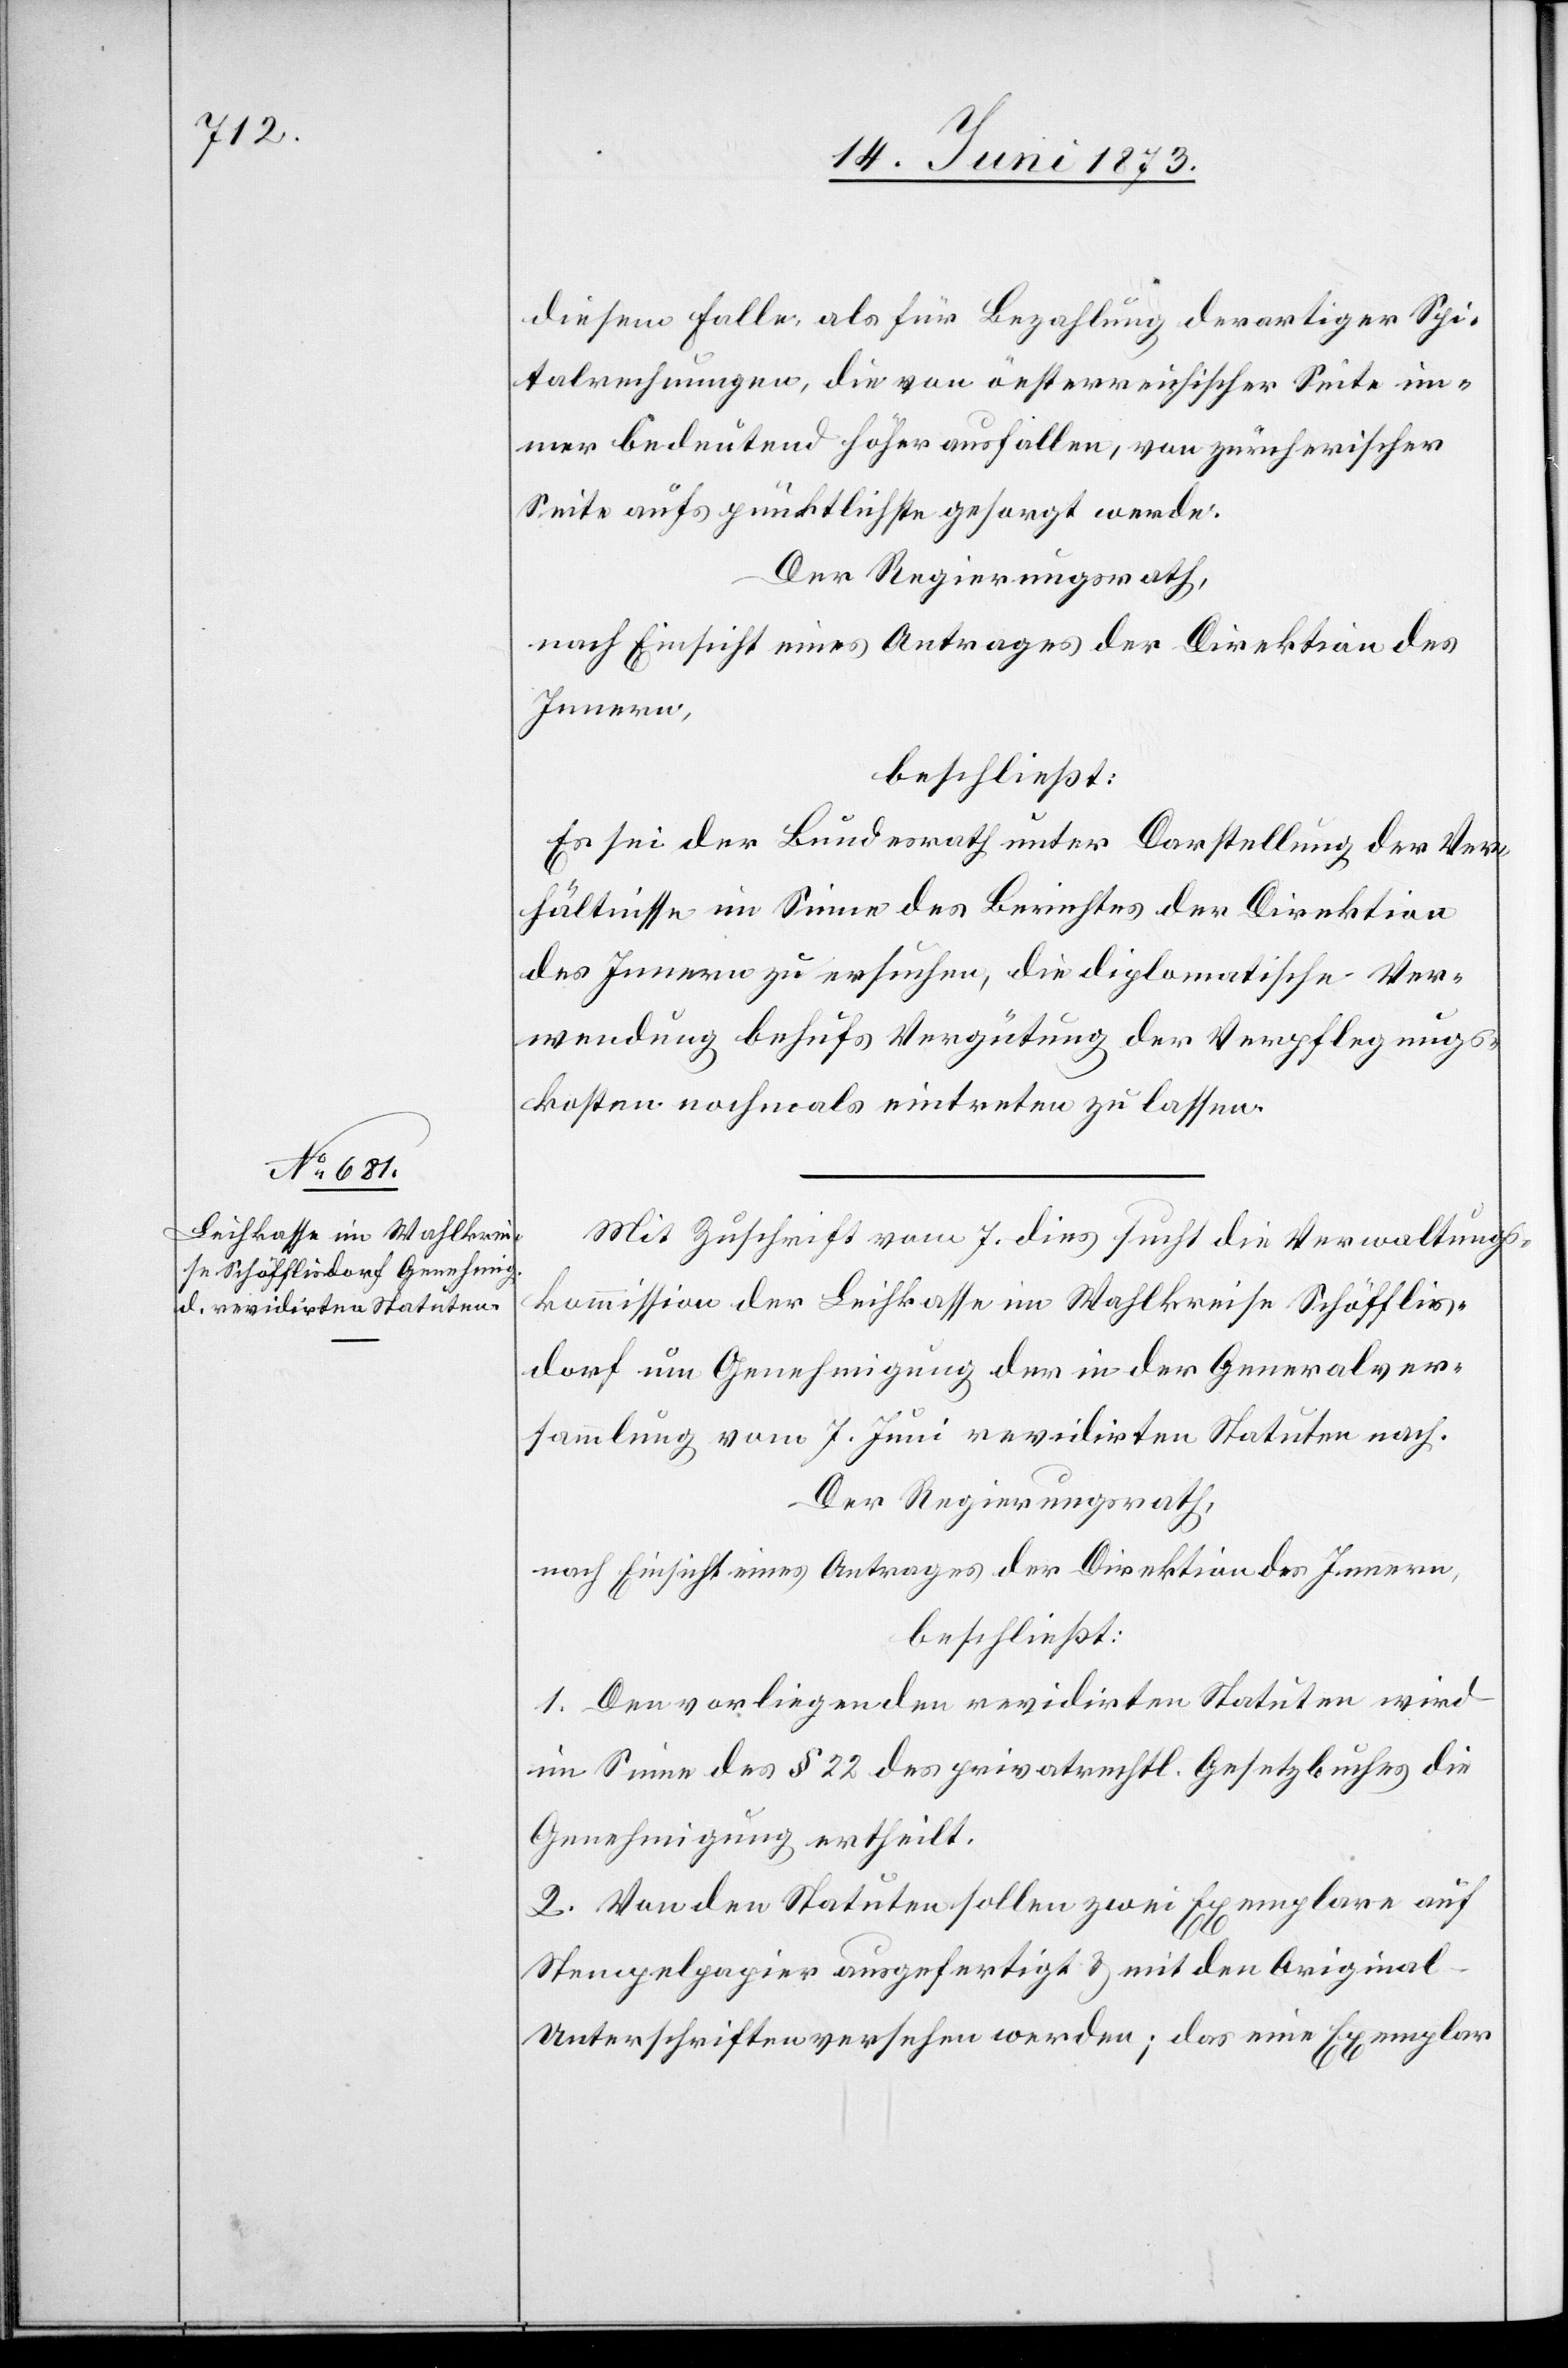
diesem Falle, als für Bezahlung derartiger Spi¬
talrechnungen, die von öesterreichischer Seite im¬
mer bedeutend höher ausfallen, von zürcherischer
Seite aufs pünktlichste gesorgt werden.
Der Regierungsrath,
nach Einsicht eines Antrages der Direktion des
Innern,
beschließt:
Es sei der Bundesrath unter Darstellung der Ver¬
hältnisse im Sinne des Berichtes der Direktion
des Innern zu ersuchen, die diplomatische Ver¬
wendung behufs Vergütung der Verpflegungs¬
kosten nochmals eintreten zu lassen.
Mit Zuschrift vom 7. dies sucht die Verwaltungs¬
kommission der Leihkasse im Wahlkreise Schöfflis¬
dorf um Genehmigung der in der Generalver¬
sammlung vom 7. Juni revidirten Statuten nach.
Der Regierungsrath,
nach Einsicht eines Antrages der Direktion des Innern,
beschließt:
1. Den vorliegenden revidirten Statuten wird
im Sinne des § 22 des privatrechtl. Gesetzbuches die
Genehmigung ertheilt.
2. Von den Statuten sollen zwei Exemplare auf
Stempelpapier ausgefertigt & mit den Origina¬
l-Unterschriften versehen werden; das eine Exemplar